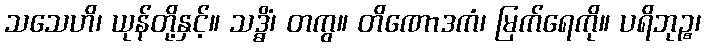
သသေဟိ၊ ယုန်တို့နှင့်။ သဒ္ဓိံ၊ တကွ။ တိဏောဒကံ၊ မြက်ရေကို။ ပရိဘုဉ္စ၊